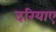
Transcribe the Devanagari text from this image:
दरियाए